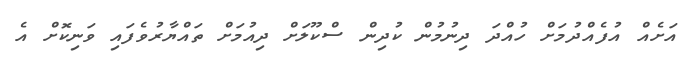
އަށެއް އުފެއްދުމަށް ހުއްދަ ދިނުމުން ކުދިން ސްކޫލަށް ދިއުމަށް ތައްޔާރުވެފައި ވަނިކޮށް އެ